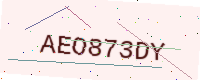
Text: AEO873DY